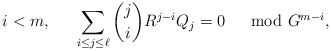
\begin{align*} i<m, \;\; \quad\sum_{i\le j\le \ell} \binom{j}{i} R^{j-i} Q_j = 0 \;\;\mod G^{m-i},\end{align*}